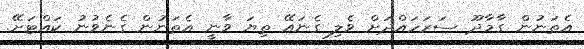
އެތަނުން ގާމާދޫ ސަރަހައްދަށް ވެލި ގެނައޭ ތިޔަ ވާނީ އެތަނުން ގެނެވުނު ކައްޓަށޭ.